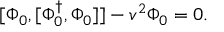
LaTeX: [ \Phi _ { 0 } , [ \Phi _ { 0 } ^ { \dagger } , \Phi _ { 0 } ] ] - v ^ { 2 } \Phi _ { 0 } = 0 .